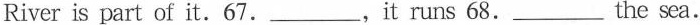
Riveris part of it.67. ___ ,it runs 68. ___ the sea.